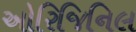
ઓરિજિનિલ